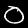
Label: 0